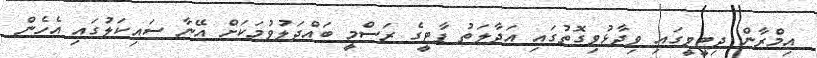
އިމްރާން ދިޓީވީގައި ވިދާޅުވިގޮތުގައި އަދާލަތު ޕާޓީގެ ރަސްމީ ބައްދަލުވުމަކަށް އޭނާ ސައިކަލުގައި އެހެން